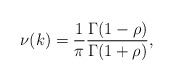
\begin{align*}\nu(k) = \frac 1\pi \frac{\Gamma(1-\rho)}{\Gamma(1+\rho)},\end{align*}